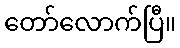
တော်လောက်ပြီ။